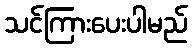
သင်ကြားပေးပါမည်